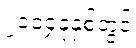
၂၀၁၄ခုနှစ်တွင်